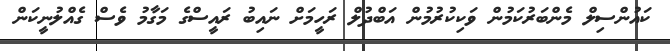
ކައުންސިލް މެންބަރުކަމުން ވަކިކުރުމުން އަބްދުލް ރަހީމަށް ނައިބު ރައީސްގެ މަގާމު ވެސް ގެއްލުނީކަން